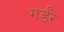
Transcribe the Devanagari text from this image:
गर्डरें